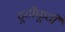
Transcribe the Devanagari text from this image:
टूटीफूटी